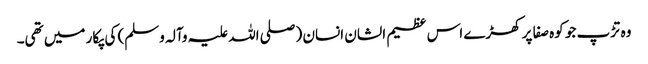
وہ تڑپ جو کوہ صفا پر کھڑے اس عظیم الشان انسان (صلی اللہ علیہ وآلہ وسلم) کی پکار میں تھی۔